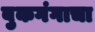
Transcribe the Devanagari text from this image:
बुकगंगाचा